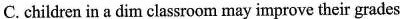
C.chidren in a dim cassroom may improve their grades